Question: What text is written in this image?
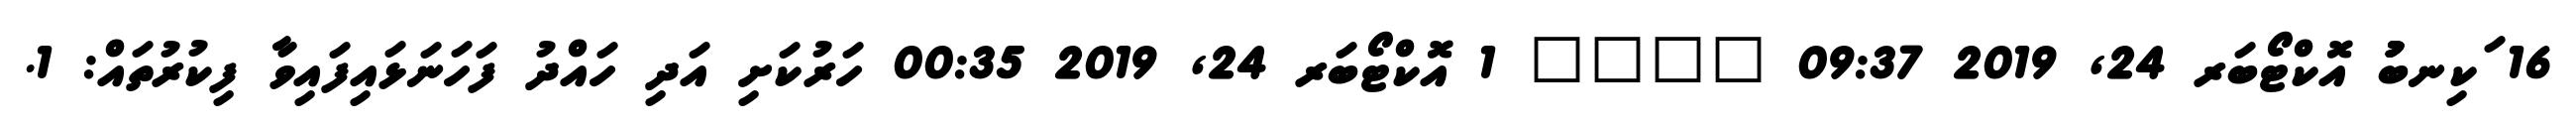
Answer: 16 ަކިނބުުު އޮކްޓޯބަރ 24, 2019 09:37 ???? 1 އޮކްޓޯބަރ 24, 2019 00:35 ހަރުކަށި އަދި ހައްދު ފަހަނަޅައިފައިވާ ފިކުރުތައް: 1.